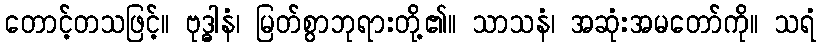
တောင့်တသဖြင့်။ ဗုဒ္ဓါနံ၊ မြတ်စွာဘုရားတို့၏။ သာသနံ၊ အဆုံးအမတော်ကို။ သရံ